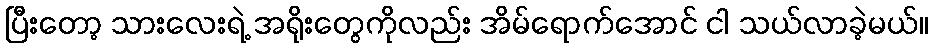
ပြီးတော့ သားလေးရဲ့ အရိုးတွေကိုလည်း အိမ်ရောက်အောင် ငါ သယ်လာခဲ့မယ်။